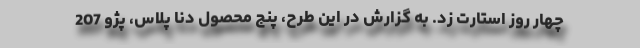
چهار روز استارت زد. به گزارش در این طرح، پنج محصول دنا پلاس، پژو 207